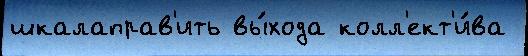
шкалаправ'ить вы́хода колл'ект'и́ва